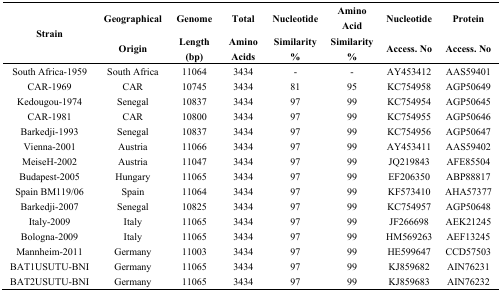
| <ROWSPAN=2> Strain | Geographical | Genome | Total | Nucleotide | Amino Acid | Nucleotide | Protein |
 | Origin | Length (bp) | Amino Acids | Similarity % | Similarity % | Access. No | Access. No |
 | --- | --- | --- | --- | --- | --- | --- | --- |
 | South Africa-1959 | South Africa | 11064 | 3434 | - | - | AY453412 | AAS59401 |
 | CAR-1969 | CAR | 10745 | 3434 | 81 | 95 | KC754958 | AGP50649 |
 | Kedougou-1974 | Senegal | 10837 | 3434 | 97 | 99 | KC754954 | AGP50645 |
 | CAR-1981 | CAR | 10800 | 3434 | 97 | 99 | KC754955 | AGP50646 |
 | Barkedji-1993 | Senegal | 10837 | 3434 | 97 | 99 | KC754956 | AGP50647 |
 | Vienna-2001 | Austria | 11066 | 3434 | 97 | 99 | AY453411 | AAS59402 |
 | MeiseH-2002 | Austria | 11047 | 3434 | 97 | 99 | JQ219843 | AFE85504 |
 | Budapest-2005 | Hungary | 11065 | 3434 | 97 | 99 | EF206350 | ABP88817 |
 | Spain BM119/06 | Spain | 11064 | 3434 | 97 | 99 | KF573410 | AHA57377 |
 | Barkedji-2007 | Senegal | 10825 | 3434 | 97 | 99 | KC754957 | AGP50648 |
 | Italy-2009 | Italy | 11065 | 3434 | 97 | 99 | JF266698 | AEK21245 |
 | Bologna-2009 | Italy | 11065 | 3434 | 97 | 99 | HM569263 | AEF13245 |
 | Mannheim-2011 | Germany | 11003 | 3434 | 97 | 99 | HE599647 | CCD57503 |
 | BAT1USUTU-BNI | Germany | 11065 | 3434 | 97 | 99 | KJ859682 | AIN76231 |
 | BAT2USUTU-BNI | Germany | 11065 | 3434 | 97 | 99 | KJ859683 | AIN76232 |